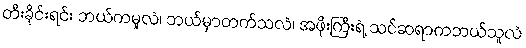
တီးခိုင်းရင်း ဘယ်ကမူလဲ၊ ဘယ်မှာတက်သလဲ၊ အဖိုးကြီးရဲ့ သင်ဆရာကဘယ်သူလဲ